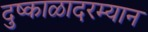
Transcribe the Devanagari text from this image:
दुष्काळादरम्यान